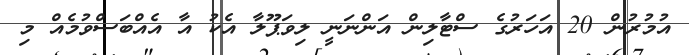
އުމުރުން 20 އަހަރުގެ ސްޓާލިން އަންނަނީ ލިވަޕޫލާ އެކު އާ އެއްބަސްވުމެއް މި